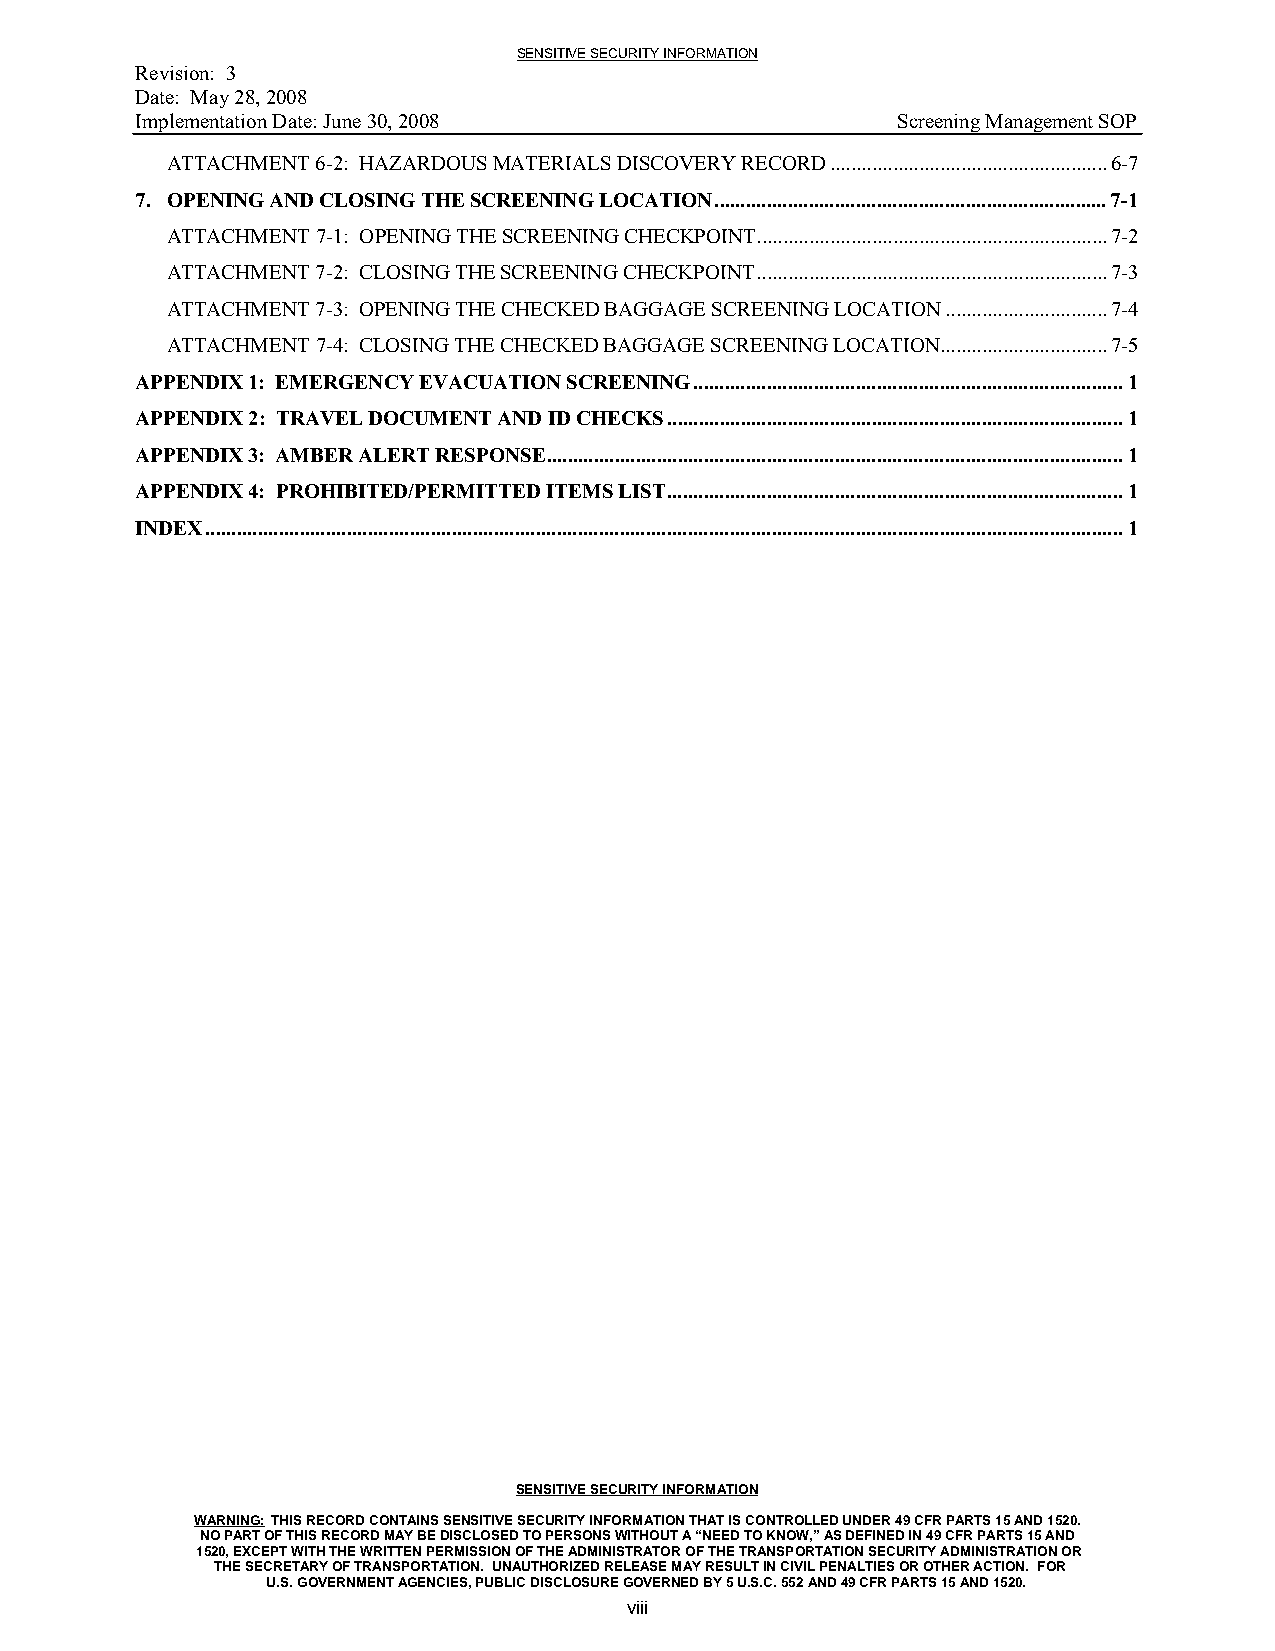
SENSITIVE SECURITY INFORMATION
 Revision: 3
 Date: May 28, 2008
 Implementation Date: June 30, 2008                Screening Management SOP
 ATTACHMENT 6-2: HAZARDOUS MATERIALS DISCOVERY RECORD.....................................................6-7
 7. OPENING AND CLOSING THE SCREENING LOCATION...........................................................................7-1
 ATTACHMENT 7-1: OPENING THE SCREENING CHECKPOINT...................................................................7-2
 ATTACHMENT 7-2: CLOSING THE SCREENING CHECKPOINT...................................................................7-3
 ATTACHMENT 7-3: OPENING THE CHECKED BAGGAGE SCREENING LOCATION...............................7-4
 ATTACHMENT 7-4: CLOSING THE CHECKED BAGGAGE SCREENING LOCATION................................7-5
 APPENDIX 1: EMERGENCY EVACUATION SCREENING..................................................................................1
 APPENDIX 2: TRAVEL DOCUMENT AND ID CHECKS.......................................................................................1
 APPENDIX 3: AMBER ALERT RESPONSE..............................................................................................................1
 APPENDIX 4: PROHIBITED/PERMITTED ITEMS LIST.......................................................................................1
 INDEX...............................................................................................................................................................................1
 SENSITIVE SECURITY INFORMATION
 WARNING: THIS RECORD CONTAINS SENSITIVE SECURITY INFORMATION THAT IS CONTROLLED UNDER 49 CFR PARTS 15 AND 1520.
 NO PART OF THIS RECORD MAY BE DISCLOSED TO PERSONS WITHOUT A “NEED TO KNOW,” AS DEFINED IN 49 CFR PARTS 15 AND
 1520, EXCEPT WITH THE WRITTEN PERMISSION OF THE ADMINISTRATOR OF THE TRANSPORTATION SECURITY ADMINISTRATION OR
 THE SECRETARY OF TRANSPORTATION. UNAUTHORIZED RELEASE MAY RESULT IN CIVIL PENALTIES OR OTHER ACTION. FOR
 U.S. GOVERNMENT AGENCIES, PUBLIC DISCLOSURE GOVERNED BY 5 U.S.C. 552 AND 49 CFR PARTS 15 AND 1520.
 viii